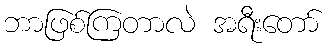
ဘာဖြစ်ကြတာလဲ အရီးတော်